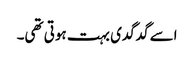
اسے گدگدی بہت ہوتی تھی۔